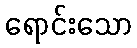
ရောင်းသော